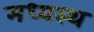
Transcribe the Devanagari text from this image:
मध्‍यस्‍थ